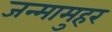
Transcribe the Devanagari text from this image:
जन्मामुहर